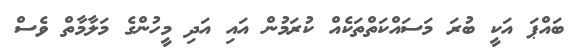
ބައްޕަ އަކީ ބުރަ މަސައްކަތްތަކެއް ކުރަމުން އައި އަދި މީހުންގެ މަލާމާތް ވެސް